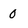
Character: 0